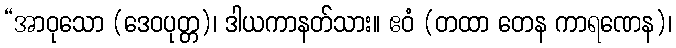
“အာဝုသော (ဒေဝပုတ္တ)၊ ဒါယကာနတ်သား။ ဧဝံ (တထာ တေန ကာရဏေန)၊